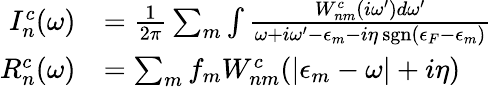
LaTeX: \begin{array}{rl}{I_{n}^{c}(\omega)}&{=\frac{1}{2\pi}\sum_{m}\int\frac{W_{nm}^{c}(i\omega^{\prime})d\omega^{\prime}}{\omega+i\omega^{\prime}-\epsilon_{m}-i\eta\, \mathrm{sgn}(\epsilon_{F}-\epsilon_{m})}}\\ {R_{n}^{c}(\omega)}&{=\sum_{m}f_{m}W_{nm}^{c}(|\epsilon_{m}-\omega|+i\eta)}\end{array}